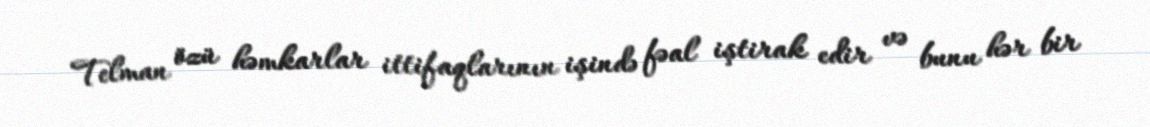
Telman özü həmkarlar ittifaqlarının işində fəal iştirak edir və bunu hər bir